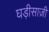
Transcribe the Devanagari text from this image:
घड़ीसाज़ी